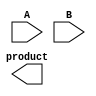
module higher_radix_wallace_multiplier #(parameter N = 8) (
    input [N-1:0] A,
    input [N-1:0] B,
    output reg [2*N-1:0] product
);
    
    // Intermediate wires for partial products
    wire [2*N-1:0] pp [0:N-1]; // Partial products
    wire [2*N-1:0] sum [0:N-1]; // Sum wires for reduction
    wire [N:0] carry [0:N-1]; // Carry wires for reduction
    
    // Generate partial products
    generate
        genvar i, j;
        for (i = 0; i < N; i = i + 1) begin: pp_gen
            for (j = 0; j < 8; j = j + 1) begin: pp_inner
                if (i*8 + j < N) // Ensure we do not exceed the bit width
                    assign pp[i][i*8 + j] = A[j] & B[i*8 + j];
                else
                    assign pp[i][i*8 + j] = 1'b0;
            end
        end
    endgenerate

    // Wallace Tree Reduction
    // First reduction stage
    integer k;
    always @* begin
        for (k = 0; k < N; k = k + 1) begin
            {carry[k], sum[k]} = pp[k] + pp[k+1] + pp[k+2]; // CSA
        end
    end

    // Second reduction stage
    always @* begin
        for (k = 0; k < N-1; k = k + 1) begin
            {carry[k+1], sum[k]} = sum[k] + carry[k]; // CSA
        end
    end

    // Final addition stage
    always @* begin
        product = sum[0] + carry[N-1]; // Final addition of last two rows
    end

endmodule